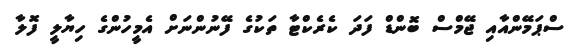
ސްޕަމޭންއާއި ޖޭމްސް ބޮންޑް ފަދަ ކެރެކްޓާ ތަކުގެ ފޭނުންނަށް އެމީހުންގެ ހިޔާލީ ފޮލާ